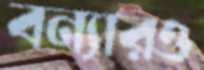
বন্যারও